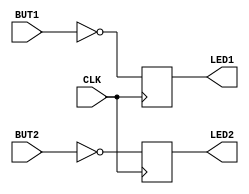
/*

Copyright 2022 Marc Ketel
SPDX-License-Identifier: Apache-2.0

*/

`default_nettype none

module top (
    input  wire CLK,   //100Mhz clock
    input  wire BUT1,
    input  wire BUT2,
    output wire LED1,
    output wire LED2
);

  reg LED1_r;
  reg LED2_r;

  assign LED1 = LED1_r;
  assign LED2 = LED2_r;

  always @(posedge CLK) begin
    LED1_r <= ~BUT1;
    LED2_r <= ~BUT2;
  end

endmodule